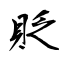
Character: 貶